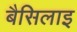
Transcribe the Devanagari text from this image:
बैसिलाइ